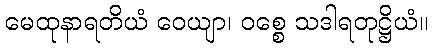
မေထုနာရတိယံ ဝေယျာ၊ ဝစ္စေ သဒါရတုဋ္ဌိယံ။